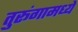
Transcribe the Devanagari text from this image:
तुरूंगामध्ये